Civil Veterinary Dept. North-West Frontier Province 1923-32 - 1923-1932
Year: 1923
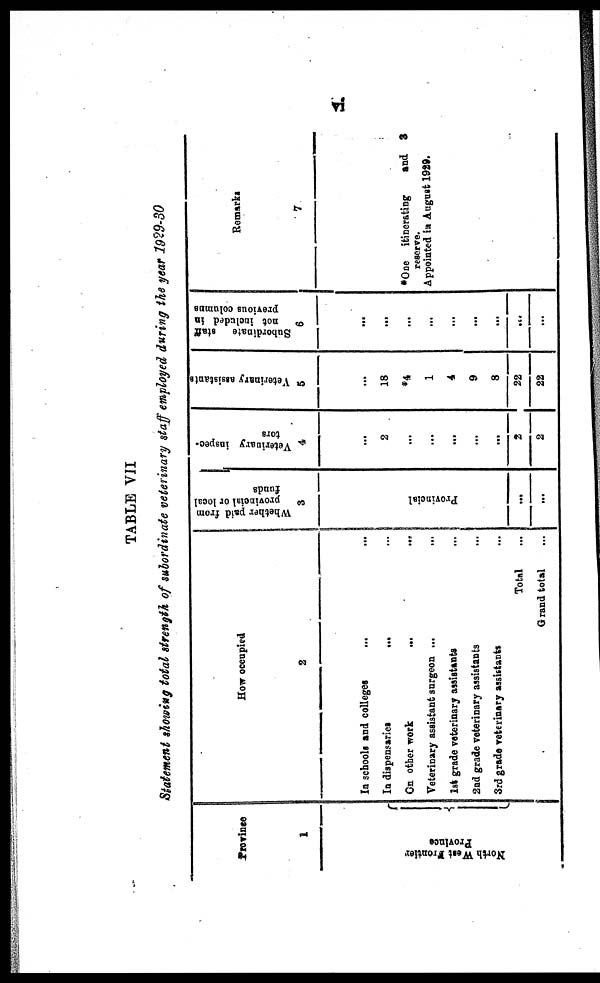
vi
TABLE VII
Statement showing total strength of subordinate veterinary staff employed during the year 1929-30
Province
1
Nor t
h Wes t Fr ont i
er
Pr ovi nce
How occupied
2
In schools and colleges … …
In dispensaries
…
…
On other work
...
...
Veterinary assistant surgeon ...
...
1st grade veterinary assistants …
2nd grade veterinary assistants …
3rd grade veterinary assistants …
Total …
Grand total …
Whether paid from
provincial or local
funds
3
Provincial
…
...
Veterinary inspec-
tors
4
…
2
...
...
...
...
...
2
2
Veterinary assistants
5
…
18
*4
1
4
9
8
22
22
Subordinate
staff
not included in
previous columns
6
…
…
…
…
…
…
…
…
…
Remarks
7
*One itinersting
and 3
reserve.
Appointed in August 1929.